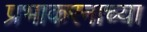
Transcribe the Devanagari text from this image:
प्रभाकरनाच्या